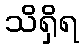
သိရှိရ